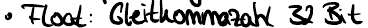
Float : Gleitkommazahl 32Bit